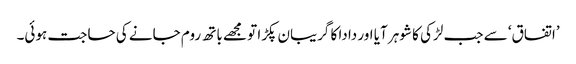
’اتفاق‘ سے جب لڑکی کا شوہر آیا اور دادا کا گریبان پکڑا تو مجھے باتھ روم جانے کی حاجت ہوئی۔